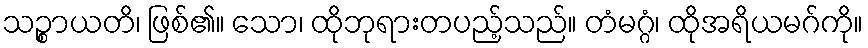
သဉ္စာယတိ၊ ဖြစ်၏။ သော၊ ထိုဘုရားတပည့်သည်။ တံမဂ္ဂံ၊ ထိုအရိယမဂ်ကို။